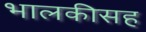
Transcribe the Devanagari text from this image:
भालकीसह